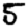
Digit: 5